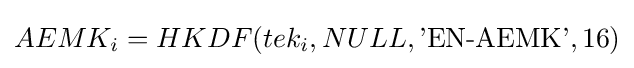
AEMK_{i}=HKDF(tek_{i},NULL,{\text{'EN-AEMK'}},16)